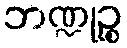
ဘဏ္ဍုဉ္စ